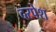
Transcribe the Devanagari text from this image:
दरपेश